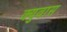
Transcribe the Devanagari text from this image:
क्युवास